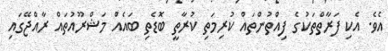
އެވެ. އެކި ފަރާތްތަކުގެ ފިއްތުންތައް ކުރިމަތި ކުރާތީ ބޮޑެތި ބައެއް މަޝްރޫއުތައް ރާއްޖޭގައި